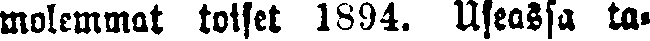
molemmat toiset 1894. Useassa ta-